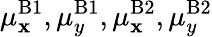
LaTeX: \mu_{\mathbf{x}}^{\mathrm{{B}}1},\mu_{y}^{\mathrm{{B}}1},\mu_{\mathbf{x}}^{\mathrm{{B}}2},\mu_{y}^{\mathrm{{B}}2}